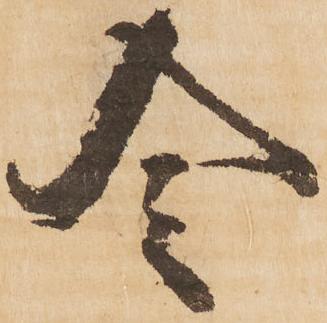
令